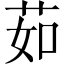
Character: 茹